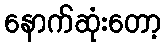
နောက်ဆုံးတော့